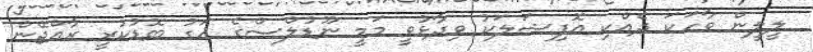
ލީލީން ވާހަކަ ދެއްކި އޮފިޝަލަކު ވިދާޅުވީ މަމީ ނޫޑުލްސްގެ އަގު ބޮޑުކުރީ ރާއްޖޭން